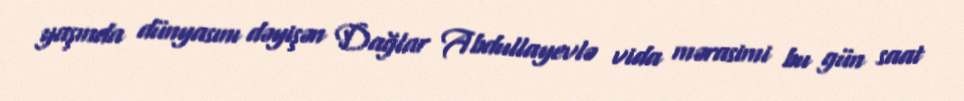
yaşında dünyasını dəyişən Dağlar Abdullayevlə vida mərasimi bu gün saat